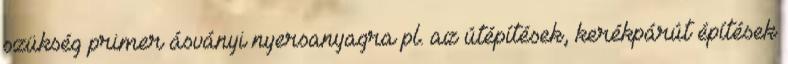
szükség primer ásványi nyersanyagra pl. az útépítések, kerékpárút építések